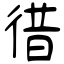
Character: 徣